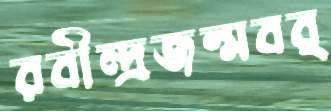
রবীন্দ্রজন্মবর্